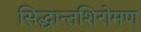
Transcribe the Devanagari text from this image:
सिद्धान्तशिरोमण